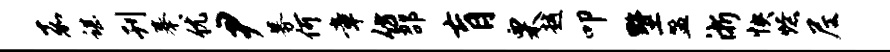
嘉谌刊摹优尹募何章仿邵肓栗越叩墅盟浙怏燎尼